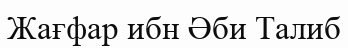
Жағфар ибн Әби Талиб